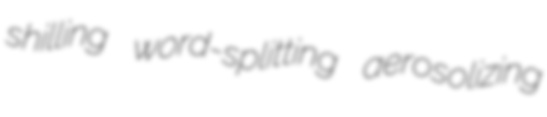
shilling word-splitting aerosolizing